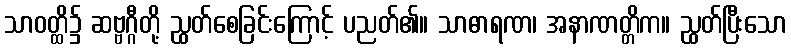
သာဝတ္ထိ၌ ဆဗ္ဗဂ္ဂီတို့ ညွှတ်စေခြင်းကြောင့် ပညတ်၏။ သာဓာရဏ၊ အနာဏတ္တိက။ ညွှတ်ပြီးသော